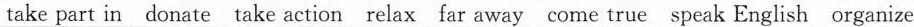
take part in donate take action relax far away come true speak English organize